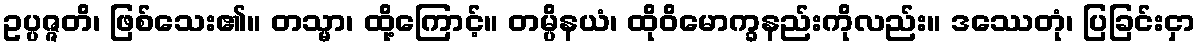
ဥပ္ပဇ္ဇတိ၊ ဖြစ်သေး၏။ တသ္မာ၊ ထို့ကြောင့်။ တမ္ပိနယံ၊ ထိုဝိမောက္ခနည်းကိုလည်း။ ဒဿေတုံ၊ ပြခြင်းငှာ